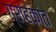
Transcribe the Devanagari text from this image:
ग्राहकांत